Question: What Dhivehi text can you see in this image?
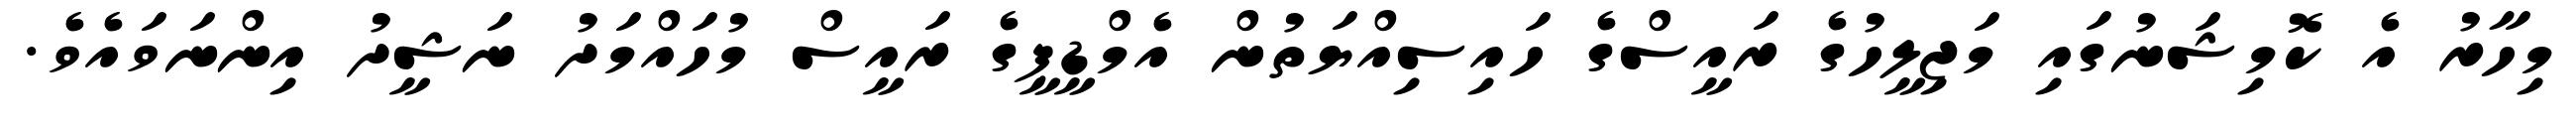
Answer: މިހާރު އެ ކޮމިޝަނުގައި މަޖިލީހުގެ ރައީސްގެ ހައިސިއްޔަތުން އެމްޑީޕީގެ ރައީސް މުހައްމަދު ނަޝީދު އިންނަވައެވެ.